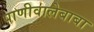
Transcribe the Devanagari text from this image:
पाणीवालेबाबा